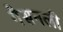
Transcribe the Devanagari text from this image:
गैसनली